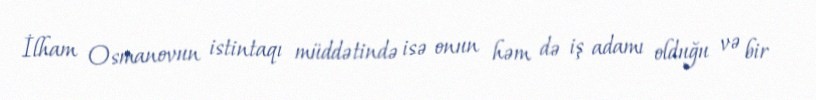
İlham Osmanovun istintaqı müddətində isə onun həm də iş adamı olduğu və bir